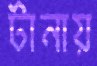
টানায়